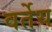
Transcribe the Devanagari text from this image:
वर्तेय